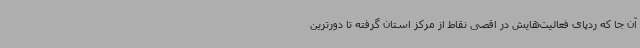
آن جا که ردپای فعالیت‌هایش در اقصی نقاط از مرکز استان گرفته تا دورترین